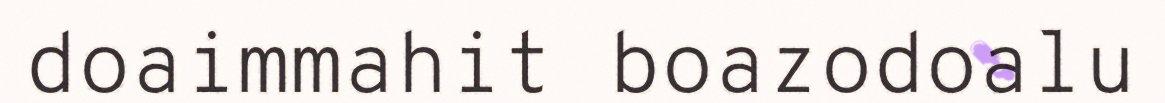
doaimmahit boazodoalu